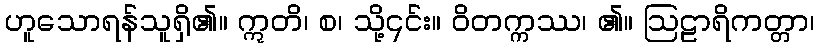
ဟူသောရန်သူရှိ၏။ ဣတိ၊ စ၊ သို့၎င်း။ ဝိတက္ကဿ၊ ၏။ ဩဠာရိကတ္တာ၊